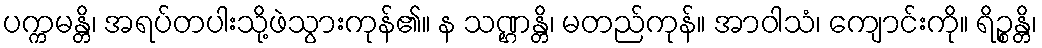
ပက္ကမန္တိ၊ အရပ်တပါးသို့ဖဲသွားကုန်၏။ န သဏ္ဌန္တိ၊ မတည်ကုန်။ အာဝါသံ၊ ကျောင်းကို။ ရိဉ္စန္တိ၊